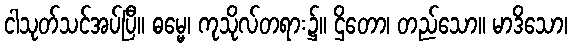
ငါသုတ်သင်အပ်ပြီ။ ဓမ္မေ၊ ကုသိုလ်တရား၌။ ဌိတော၊ တည်သော။ မာဒိသော၊